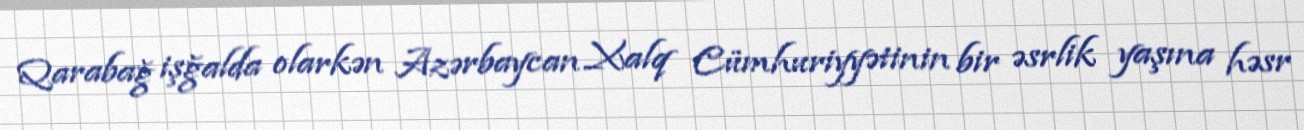
Qarabağ işğalda olarkən Azərbaycan Xalq Cümhuriyyətinin bir əsrlik yaşına həsr